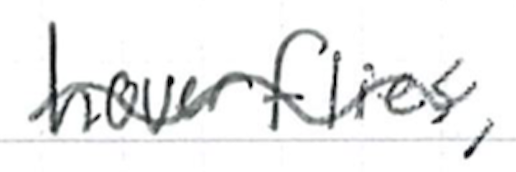
Text: hoverflies,
Cross-out: wave
Writing tool: ballpoint